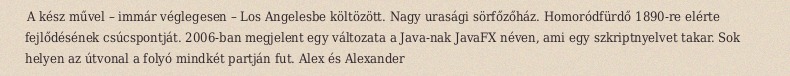
A kész művel – immár véglegesen – Los Angelesbe költözött. Nagy urasági sörfőzőház. Homoródfürdő 1890-re elérte fejlődésének csúcspontját. 2006-ban megjelent egy változata a Java-nak JavaFX néven, ami egy szkriptnyelvet takar. Sok helyen az útvonal a folyó mindkét partján fut. Alex és Alexander